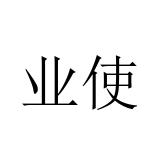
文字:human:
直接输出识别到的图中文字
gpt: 业使